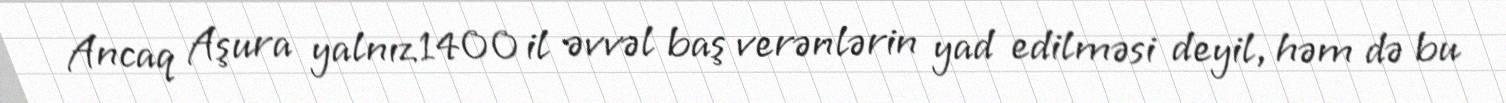
Ancaq Aşura yalnız 1400 il əvvəl baş verənlərin yad edilməsi deyil, həm də bu